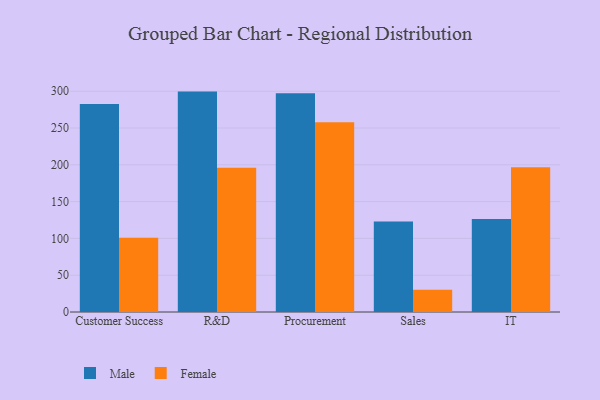
{"axis": {"x": "Department", "y": "Inventory Turnover"}, "legend": ["Female", "Male"], "data": [{"x": "Customer Success", "y": 282.6, "type": "Male"}, {"x": "Customer Success", "y": 101.0, "type": "Female"}, {"x": "R&D", "y": 299.5, "type": "Male"}, {"x": "R&D", "y": 195.9, "type": "Female"}, {"x": "Procurement", "y": 297.3, "type": "Male"}, {"x": "Procurement", "y": 257.9, "type": "Female"}, {"x": "Sales", "y": 122.9, "type": "Male"}, {"x": "Sales", "y": 30.4, "type": "Female"}, {"x": "IT", "y": 126.4, "type": "Male"}, {"x": "IT", "y": 196.7, "type": "Female"}]}